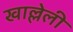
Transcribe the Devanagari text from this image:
खाल्लेली